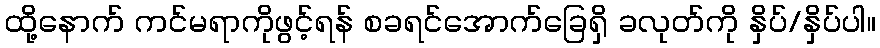
ထို့နောက် ကင်မရာကိုဖွင့်ရန် စခရင်အောက်ခြေရှိ ခလုတ်ကို နှိပ်/နှိပ်ပါ။